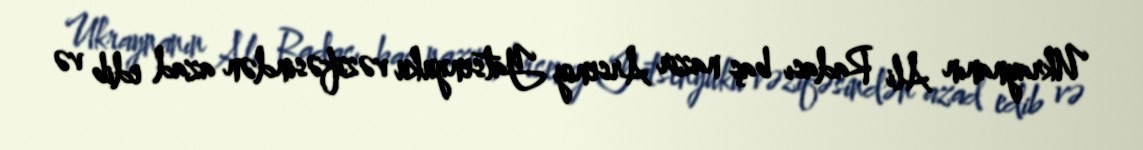
Ukraynanın Ali Radası baş nazir Arseniy Yatsenyuku vəzifəsindən azad edib və